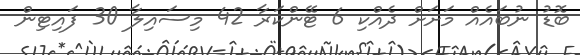
ބޮޑު ނުބައެއް މަށަށް ދެއްކި 6 ޓޭންކަރާ 42 މިސައިލާ 30 ފައިޓިން